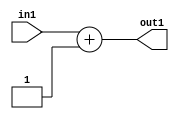
`timescale 1ps / 1ps
/*****************************************************************************
    Verilog RTL Description
    
    
    Created by: Stratus DpOpt 2019.1.01 
*******************************************************************************/

module DC_Filter_Add2i1u1_1 (
	in1,
	out1
	); /* architecture "behavioural" */ 
input  in1;
output [1:0] out1;
wire [1:0] asc001;

assign asc001 = 
	+(in1)
	+(2'B01);

assign out1 = asc001;
endmodule

/* CADENCE  urf4Qgg= : u9/ySgnWtBlWxVPRXgAZ4Og= ** DO NOT EDIT THIS LINE ******/